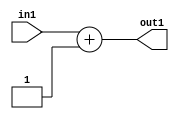
`timescale 1ps / 1ps
/*****************************************************************************
    Verilog RTL Description
    
    
    Created by: Stratus DpOpt 2019.1.01 
*******************************************************************************/

module DC_Filter_Add2i1u1_1 (
	in1,
	out1
	); /* architecture "behavioural" */ 
input  in1;
output [1:0] out1;
wire [1:0] asc001;

assign asc001 = 
	+(in1)
	+(2'B01);

assign out1 = asc001;
endmodule

/* CADENCE  urf4Qgg= : u9/ySgnWtBlWxVPRXgAZ4Og= ** DO NOT EDIT THIS LINE ******/